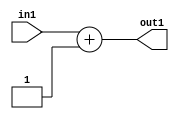
`timescale 1ps / 1ps
/*****************************************************************************
    Verilog RTL Description
    
    
    Created by: Stratus DpOpt 2019.1.01 
*******************************************************************************/

module DC_Filter_Add2i1u1_1 (
	in1,
	out1
	); /* architecture "behavioural" */ 
input  in1;
output [1:0] out1;
wire [1:0] asc001;

assign asc001 = 
	+(in1)
	+(2'B01);

assign out1 = asc001;
endmodule

/* CADENCE  urf4Qgg= : u9/ySgnWtBlWxVPRXgAZ4Og= ** DO NOT EDIT THIS LINE ******/